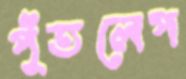
পুঁতলেপ